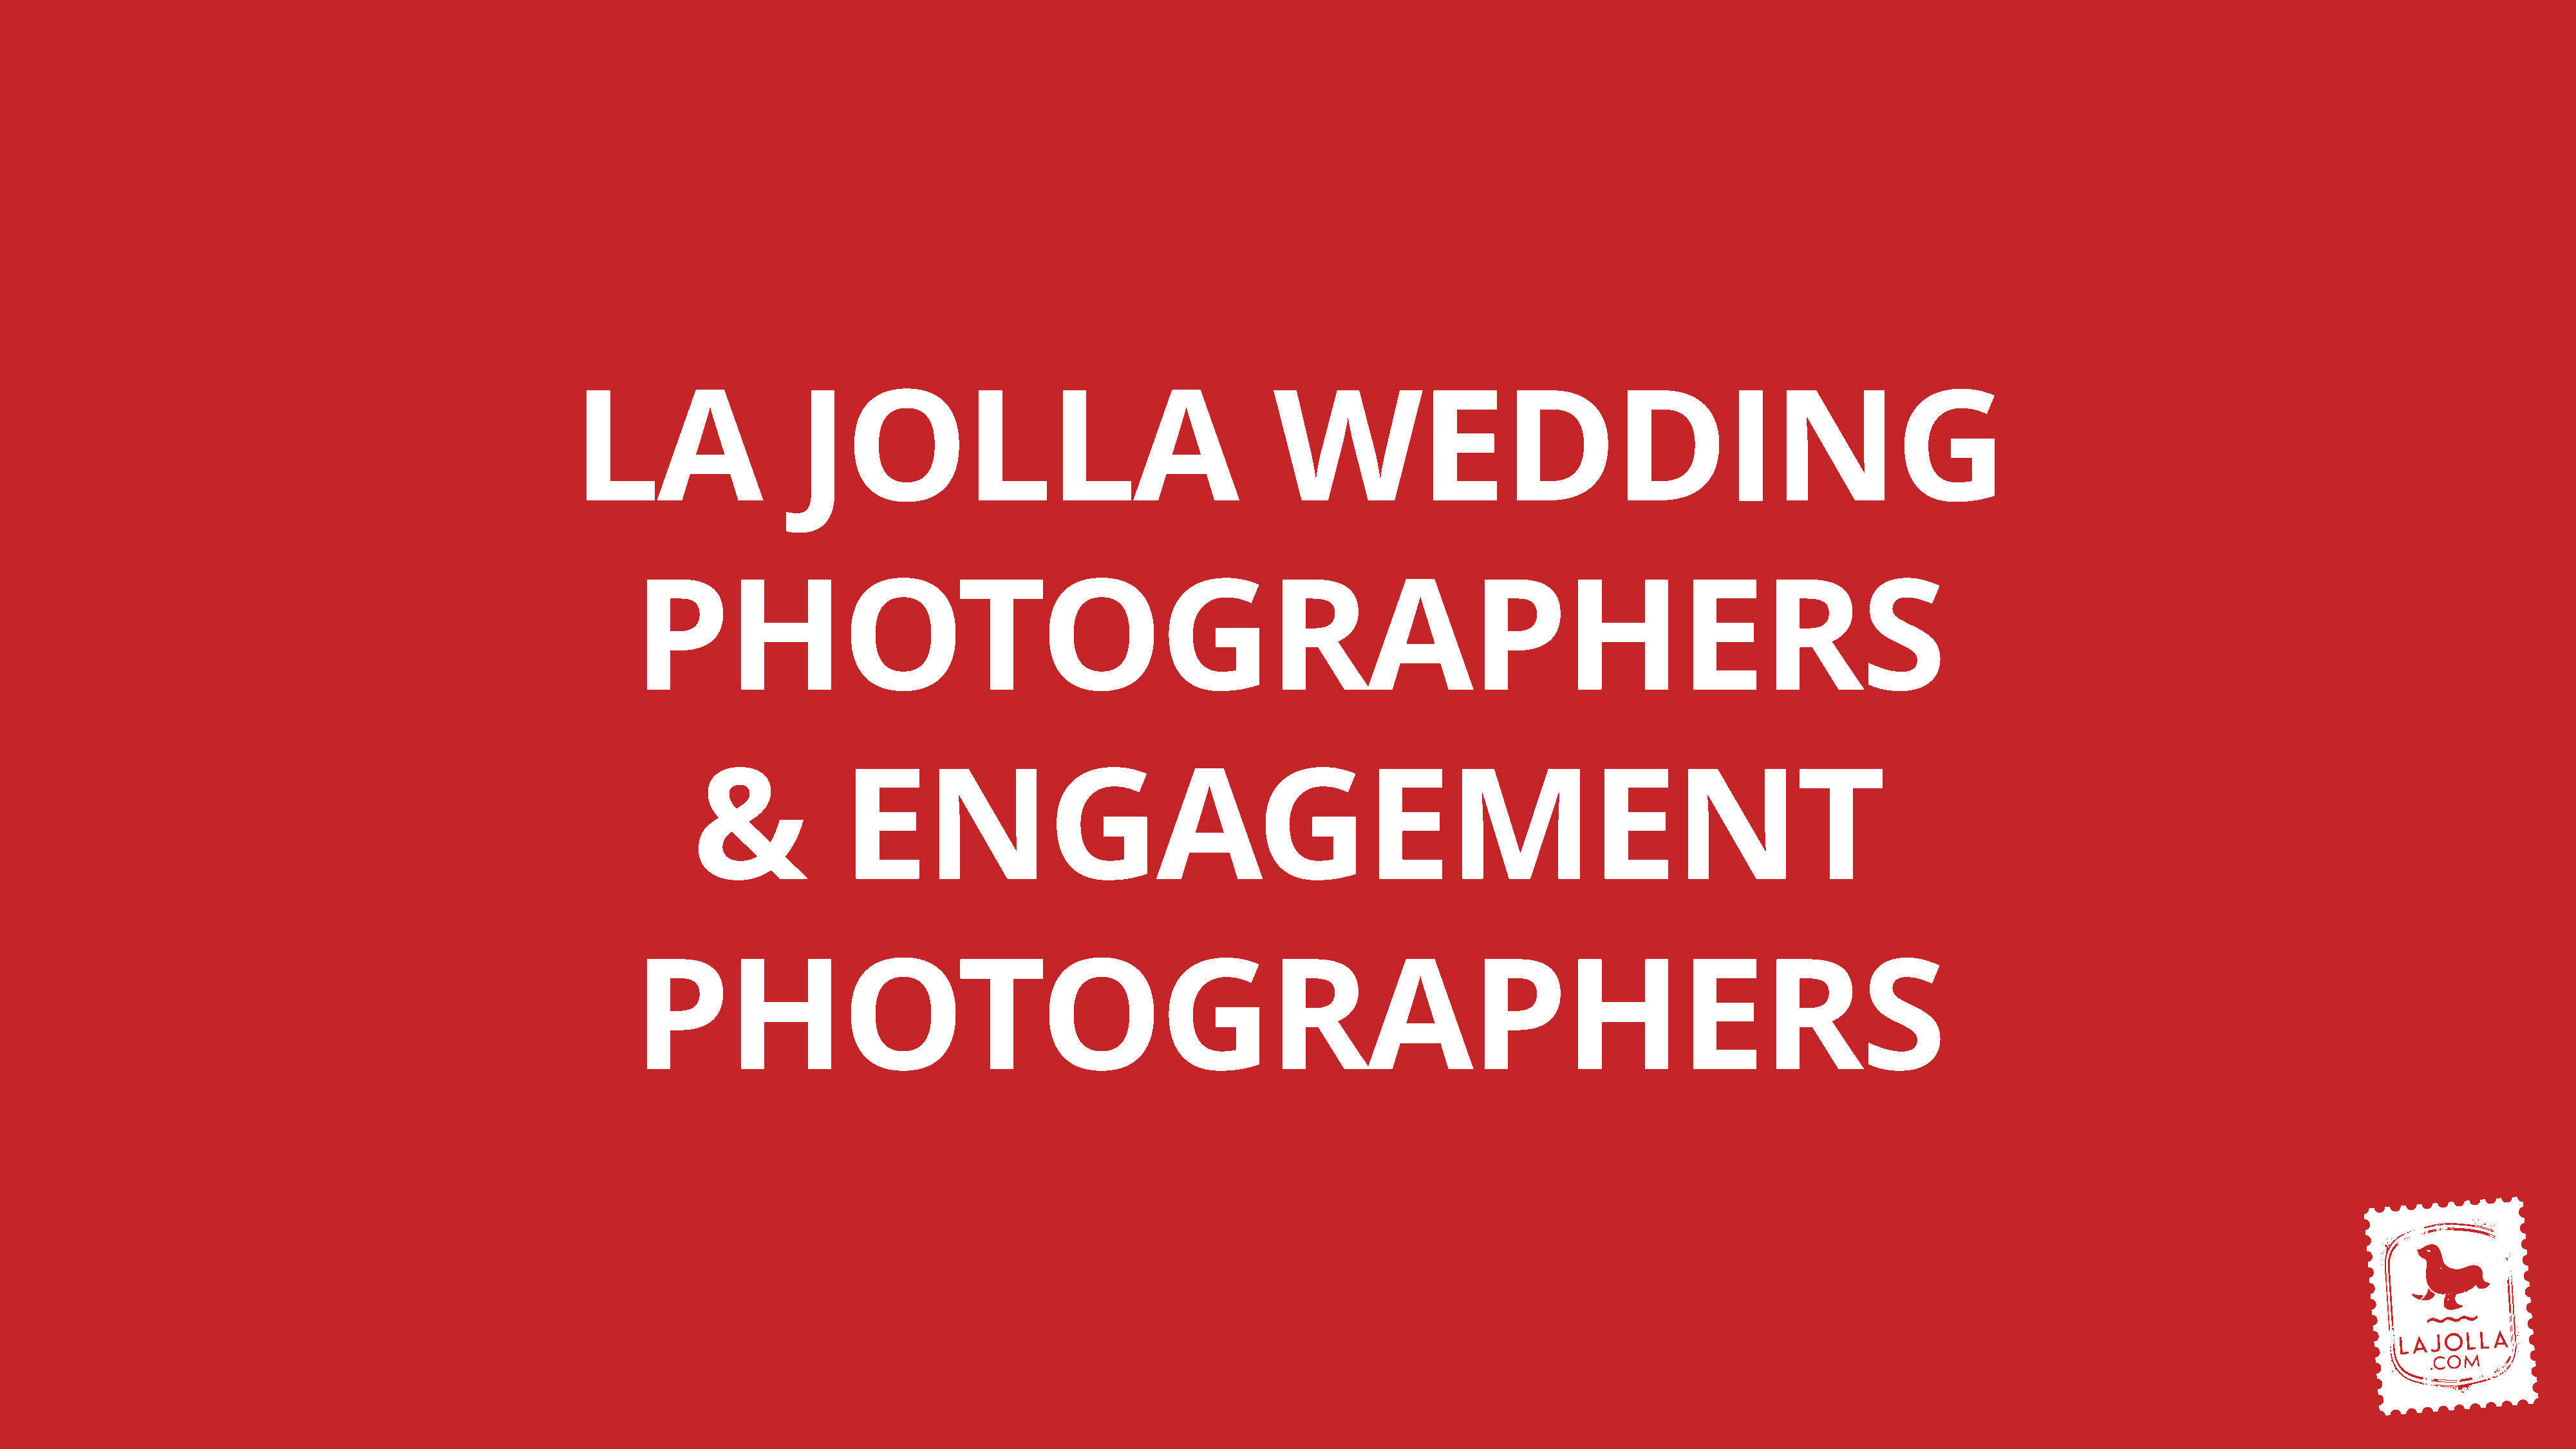
LA                     JOLLA                                            WEDDING
 PHOTOGRAPHERS
 &               ENGAGEMENT
 PHOTOGRAPHERS